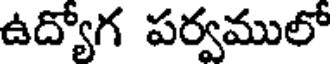
ఉద్యోగ పర్వములో